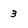
Character: 3